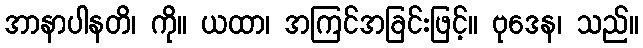
အာနာပါနတိ၊ ကို။ ယထာ၊ အကြင်အခြင်းဖြင့်။ ဗုဒေန၊ သည်။